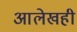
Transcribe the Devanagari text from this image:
आलेखही